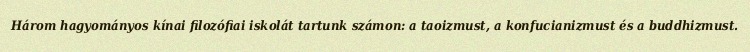
Három hagyományos kínai filozófiai iskolát tartunk számon: a taoizmust, a konfucianizmust és a buddhizmust.